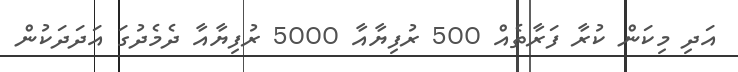
އަދި މިކަން ކުރާ ފަރާތެއް 500 ރުފިޔާއާ 5000 ރުފިޔާއާ ދެމެދުގަ އަދަދަކުން